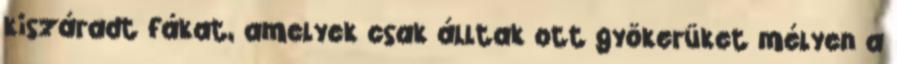
kiszáradt fákat, amelyek csak álltak ott gyökerüket mélyen a